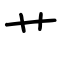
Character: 艹